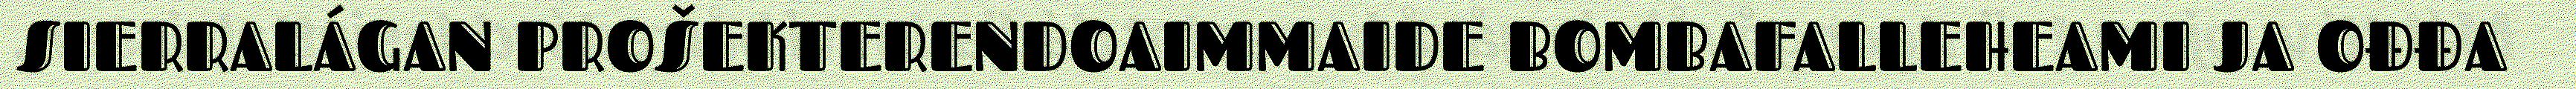
SIERRALÁGAN PROŠEKTERENDOAIMMAIDE BOMBAFALLEHEAMI JA OĐĐA